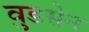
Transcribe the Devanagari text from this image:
वुडसेन